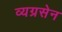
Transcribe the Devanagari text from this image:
व्यग्रसेन